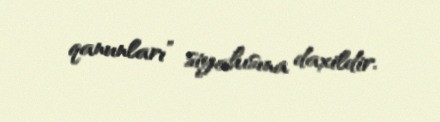
qanunları” siyahısına daxildir.